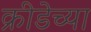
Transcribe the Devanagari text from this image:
क्रीडेच्या